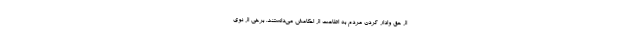
از حقِ وادار کردن مردم به اطاعت از احکامش می‌دانستند. برخی از نوی